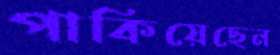
পাকিয়েছেন